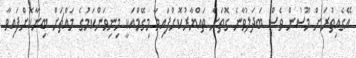
އޭގެއިތުރަށް މޫސުން ވެސް ބަދަލުވާނެ ގޮތަށް ތައްޔާރުކޮށްފައިވާ މިގޭމްއަކީ މިނިވަންކަމުގެ މައްޗަށް ބިނާކޮށްފައިވާ